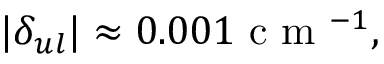
| \delta _ { u l } | \approx 0 . 0 0 1 \mathrm { ~ c ~ m ~ } ^ { - 1 } ,